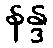
နန္ဒ